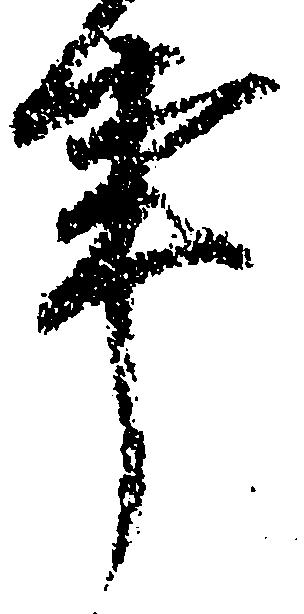
事